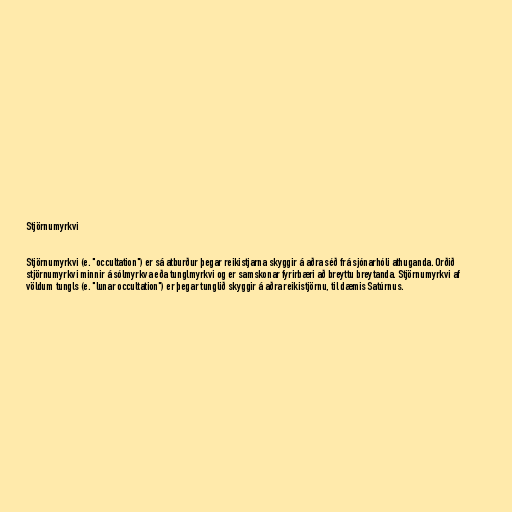
Stjörnumyrkvi

Stjörnumyrkvi (e. "occultation") er sá atburður þegar reikistjarna skyggir á aðra séð frá sjónarhóli athuganda. Orðið
stjörnumyrkvi minnir á sólmyrkva eða tunglmyrkvi og er samskonar fyrirbæri að breyttu breytanda. Stjörnumyrkvi af
völdum tungls (e. "lunar occultation") er þegar tunglið skyggir á aðra reikistjörnu, til dæmis Satúrnus.